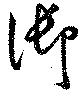
御